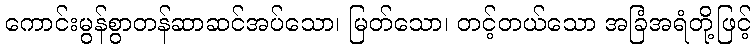
ကောင်းမွန်စွာတန်ဆာဆင်အပ်သော၊ မြတ်သော၊ တင့်တယ်သော အခြံအရံတို့ဖြင့်